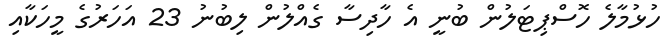
ހުޅުމާލެ ހޮސްޕިޓަލުން ބުނީ އެ ހާދިސާ ގެއްލުން ލިބުނު 23 އަހަރުގެ މީހަކާއި